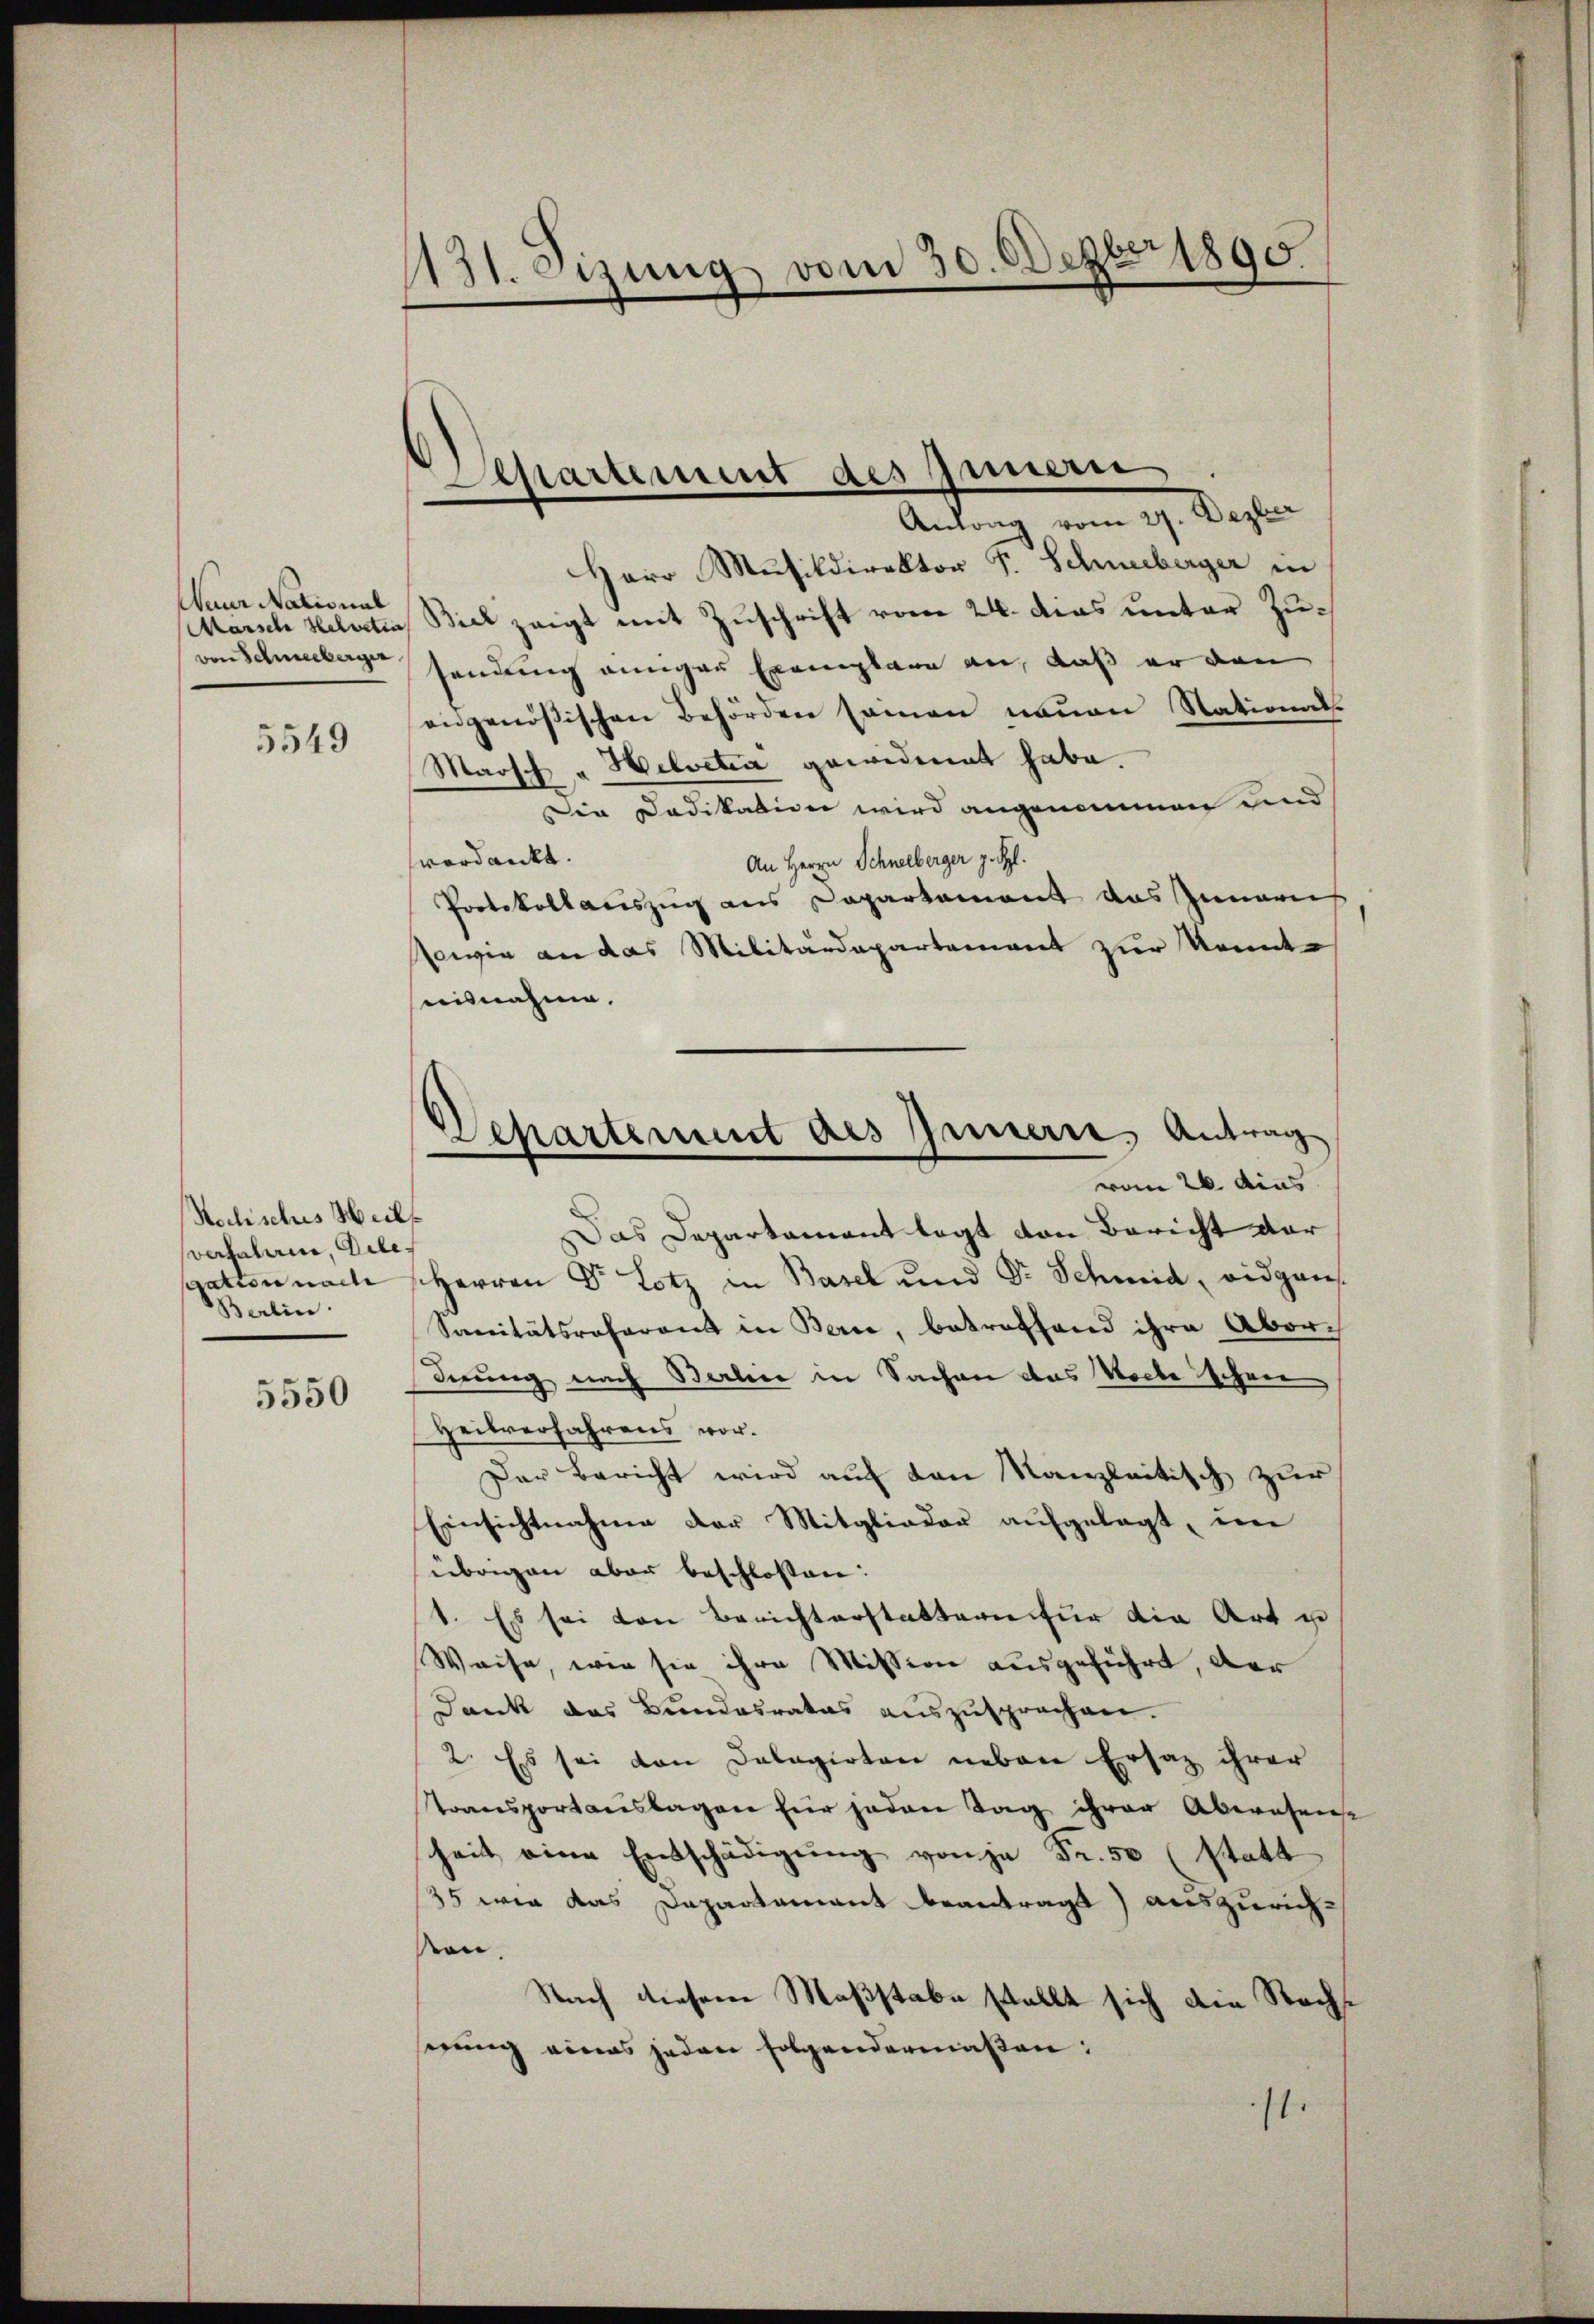
Naur National
Marsche Helvetia
von Schneeberger

5549

Nochisches Heil
verfahren, Dile
gatten nach
Berlin.

5550

131. eizung vom 30. Dez. 1890

Departement des Innern
Antrag vom 19. Deser

Departement des Innern, Antrag
vom 26. dies

Herr Musikdirektor F. Schneeberger in
Biel zeigt mit Zuschrift vom 24. dies unter Zusendung einiger Exemplare an, daß er den
angenössischen Behörden samen neuen Nationat.
Maosch " Helvetia gewidmet habe.
Die Dadikation wird angenommen und
verdankt.
An Herrn Schneeberger z. Spl.
Protokollauszug aus Departement das Innern
sowie an das Militärdepartement zur Kenntaisnahme.
t
Das Departament legt von Bericht dar
Herren Dr Lotz in Basel und Dr. Schmid, eidgans.
Sanitätsreferant in Berne, betreffend ihre Abor
drung nach Balin in Sachen das Woche schnee
Heilverfahrens vor.
Der Bericht wird auf den Kanzleitisch zur
Einsichtnahme der Mitglieder aufgelegt, in
übrigen aber beschlossen:
1. Es sei von Berichterstattern für die Art u
Weise, wie sie ihre Mission ausgeführt, der
Dank das Bundesrates auszusprechen.
2. Es sei den Dalagirten neben Ersatz ihrer
transportanslagen für jeden Tag ihrer Aberosen-
heit eine Entschädigung von je Fr. 50 (statt
35 wie das Departement beantragt) auszurichon
Nach diesem Maßstabe stellt sich die Recht
nung eines jeden folgendermaßen:
1.